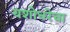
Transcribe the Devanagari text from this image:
यशोधरेचा